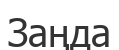
Заңда